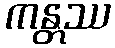
ကန္တဿ